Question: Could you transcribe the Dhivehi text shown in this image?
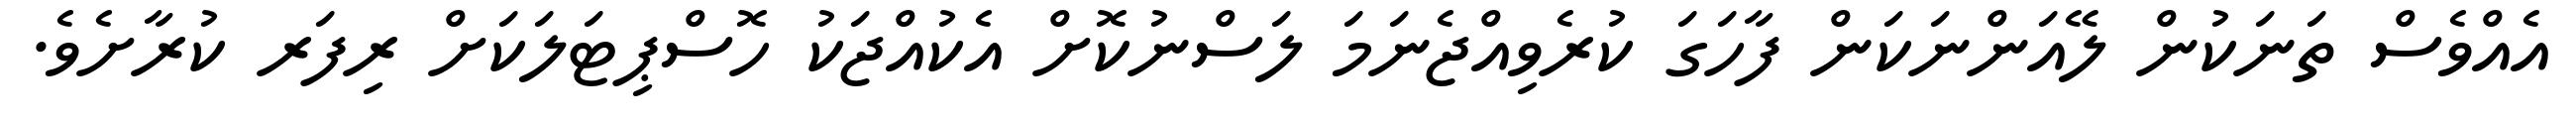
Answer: އެއްވެސް ތަނަކުން ލޭއަންނަކަން ފާހަގަ ކުރެވިއްޖެނަމަ ލަސްނުކޮށް އެކުއްޖަކު ހޮސްޕިޓަލަކަށް ރިފަރ ކުރާށެވެ.